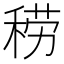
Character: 𱶐